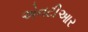
એનટીઆર